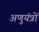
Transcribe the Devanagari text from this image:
अणुयंत्रों